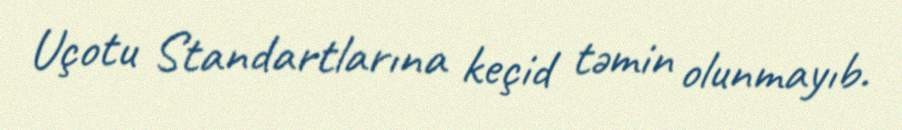
Uçotu Standartlarına keçid təmin olunmayıb.